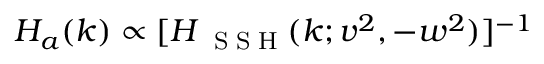
H _ { a } ( k ) \propto [ H _ { \mathrm { ~ \tiny ~ S ~ S ~ H ~ } } ( k ; v ^ { 2 } , - w ^ { 2 } ) ] ^ { - 1 }